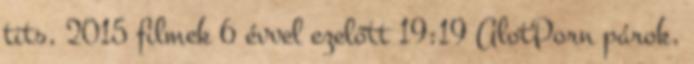
tits, 2015 filmek 6 évvel ezelőtt 19:19 AlotPorn párok,